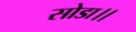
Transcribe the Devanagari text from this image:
सोडा।।